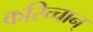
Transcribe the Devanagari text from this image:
करिच्चान्‌